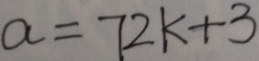
a = 7 2 k + 3